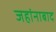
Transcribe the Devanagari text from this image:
जहांनाबाद